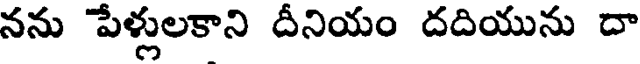
నను పేళ్లులకాని దీనియం దదియును దా